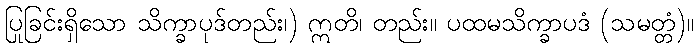
ပြုခြင်းရှိသော သိက္ခာပုဒ်တည်း၊) ဣတိ၊ တည်း။ ပထမသိက္ခာပဒံ (သမတ္တံ)။